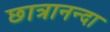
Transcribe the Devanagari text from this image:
छात्रानन्दा